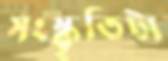
সংস্কৃতিটা